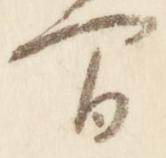
間